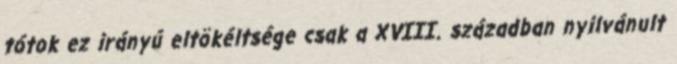
tótok ez irányú eltökéltsége csak a XVIII. században nyilvánult